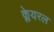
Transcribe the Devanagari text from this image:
क्लेयरल